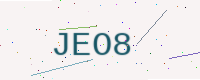
Text: JEO8